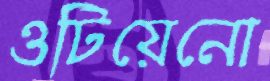
ওটিয়েনো